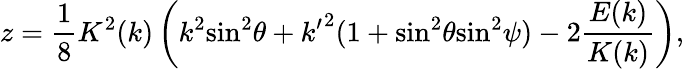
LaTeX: z={\frac{1}{8}}K^{2}(k)\left(k^{2}{\sin}^{2}\theta+{k^{\prime}}^{2}(1+{\sin}^{2}\theta{\sin}^{2}\psi)-2{\frac{E(k)}{K(k)}}\right),